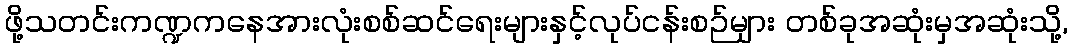
ဖို့သတင်းကဏ္ဍကနေအားလုံးစစ်ဆင်ရေးများနှင့်လုပ်ငန်းစဉ်များ တစ်ခုအဆုံးမှအဆုံးသို့,